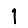
Digit: 1